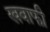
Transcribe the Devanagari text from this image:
खवाफी